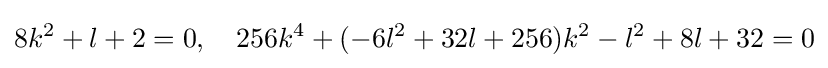
8k^{2}+l+2=0,\quad 256k^{4}+(-6l^{2}+32l+256)k^{2}-l^{2}+8l+32=0